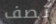
تصف